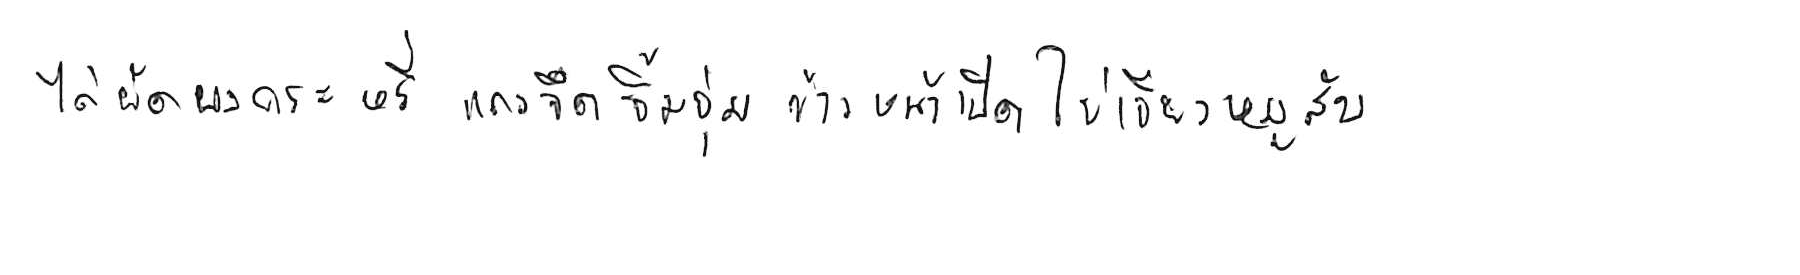
ไก่ผัดผงกะหรี่ แกงจืด จิ้มจุ่ม ข้าวหน้าเป็ด ไข่เจียวหมูสับ